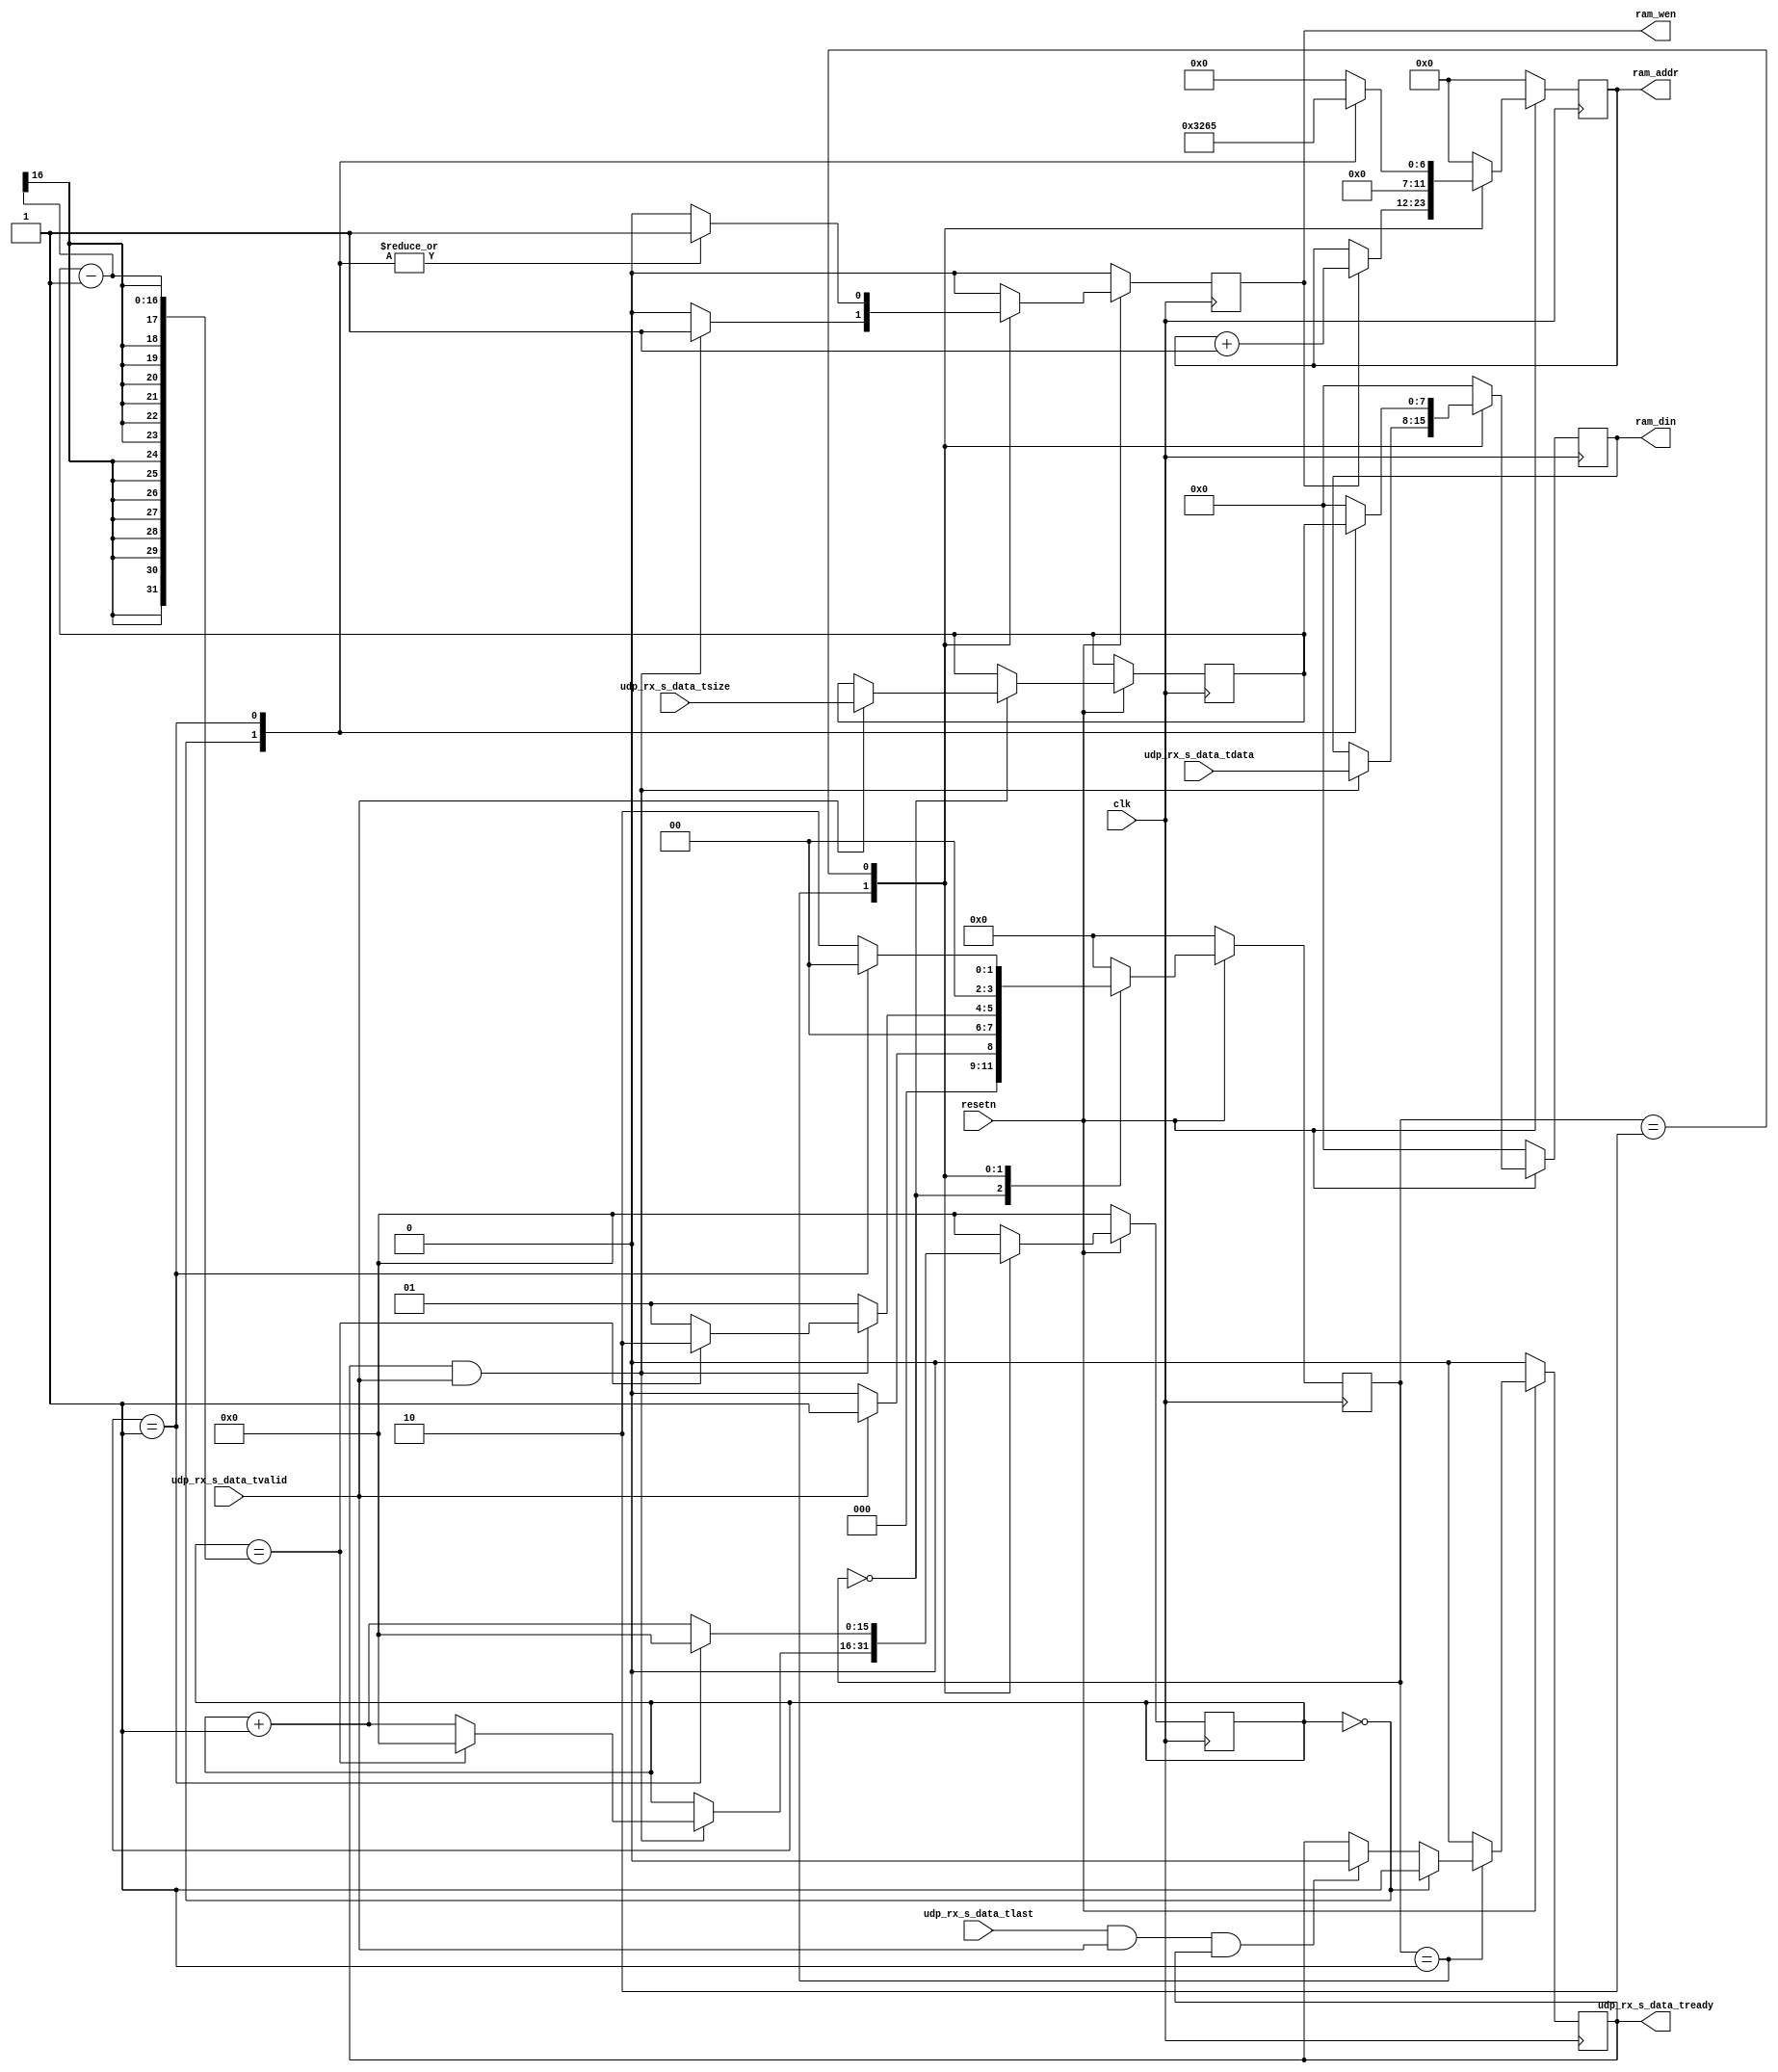

module char_buf_writer #(
    parameter STRLENDATA_SAVED_ADDR  = 100,  //?? ?? RAM 
    parameter CHAR_BUFFER_ADDR_WIDTH = 12

) (
    input clk,
    input resetn,

    //! UDP
    input      [ 7:0] udp_rx_s_data_tdata,   //! UDP
    input             udp_rx_s_data_tlast,   //! UDP
    input             udp_rx_s_data_tvalid,  //! 
    output reg        udp_rx_s_data_tready,  //! 
    input      [15:0] udp_rx_s_data_tsize,   //! 

    //ram
    output reg [CHAR_BUFFER_ADDR_WIDTH-1:0] ram_addr,
    output reg [                       7:0] ram_din,
    output reg                              ram_wen



);

  localparam ST_IDLE = 0;

  localparam ST_READ_DATA = 1;
  localparam ST_WRITE_STRLEN = 2;

  reg [ 3:0] state;
  reg [15:0] data_size;
  reg [15:0] cnt;


  always @(posedge clk) begin
    if (~resetn) begin
      state <= ST_IDLE;
      cnt   <= 0;
    end else begin
      case (state)

        ST_IDLE: begin
          cnt <= 0;
          if (udp_rx_s_data_tvalid) begin
            state <= ST_READ_DATA;
            data_size <= udp_rx_s_data_tsize;
          end else begin
            state <= ST_IDLE;
          end
        end

        ST_READ_DATA: begin
          if (udp_rx_s_data_tvalid && udp_rx_s_data_tready) begin
            if (cnt == data_size - 1) begin
              state <= ST_WRITE_STRLEN;
              cnt   <= 0;
            end else begin
              cnt   <= cnt + 1;
              state <= ST_READ_DATA;
            end
          end else begin
            cnt   <= cnt;
            state <= ST_READ_DATA;
          end
        end

        ST_WRITE_STRLEN: begin
          if (cnt == 1) begin
            cnt   <= 0;
            state <= ST_IDLE;
          end else begin
            cnt   <= cnt + 1;
            state <= ST_WRITE_STRLEN;
          end
        end

        default: begin
          cnt   <= 0;
          state <= ST_IDLE;
        end
      endcase
    end
  end



  always @(posedge clk) begin
    if (~resetn) begin
      udp_rx_s_data_tready <= 0;
    end else begin
      case (state)
        ST_READ_DATA: begin
          if (cnt == 0) begin
            udp_rx_s_data_tready <= 1;
          end else if (udp_rx_s_data_tlast && udp_rx_s_data_tvalid && udp_rx_s_data_tready) begin
            udp_rx_s_data_tready <= 0;
          end else begin
            udp_rx_s_data_tready <= udp_rx_s_data_tready;
          end
        end

        default: udp_rx_s_data_tready <= 0;
      endcase
    end
  end


  always @(posedge clk) begin
    if (~resetn) begin
      ram_din  <= 0;
      ram_addr <= 0;
      ram_wen  <= 0;
    end else
      case (state)
        ST_READ_DATA: begin
          if (udp_rx_s_data_tready && udp_rx_s_data_tvalid) begin
            ram_din <= udp_rx_s_data_tdata;
            ram_wen <= 1;
          end else begin
            ram_din  <= ram_din;
            ram_addr <= ram_addr;
            ram_wen  <= 0;
          end
          if (ram_wen == 1) begin
            ram_addr <= ram_addr + 1;
          end else begin
            ram_addr <= ram_addr;
          end
        end

        ST_WRITE_STRLEN: begin
          case (cnt)
            0: begin
              ram_din  <= data_size[15:8];
              ram_addr <= STRLENDATA_SAVED_ADDR;
              ram_wen  <= 1;
            end
            1: begin
              ram_din  <= data_size[7:0];
              ram_addr <= STRLENDATA_SAVED_ADDR + 1;
              ram_wen  <= 1;
            end
            default: begin
              ram_din  <= 0;
              ram_addr <= 0;
              ram_wen  <= 0;
            end
          endcase

        end
        default: begin
          ram_din  <= 0;
          ram_addr <= 0;
          ram_wen  <= 0;
        end
      endcase
  end


endmodule